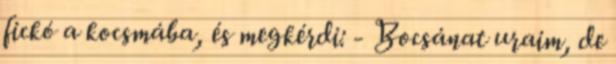
fickó a kocsmába, és megkérdi: - Bocsánat uraim, de